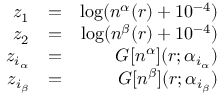
\begin{array} { r l r } { z _ { 1 } } & { = } & { \log ( n ^ { \alpha } ( r ) + 1 0 ^ { - 4 } ) } \\ { z _ { 2 } } & { = } & { \log ( n ^ { \beta } ( r ) + 1 0 ^ { - 4 } ) } \\ { z _ { i _ { \alpha } } } & { = } & { G [ n ^ { \alpha } ] ( r ; \alpha _ { i _ { \alpha } } ) } \\ { z _ { i _ { \beta } } } & { = } & { G [ n ^ { \beta } ] ( r ; \alpha _ { i _ { \beta } } ) } \end{array}